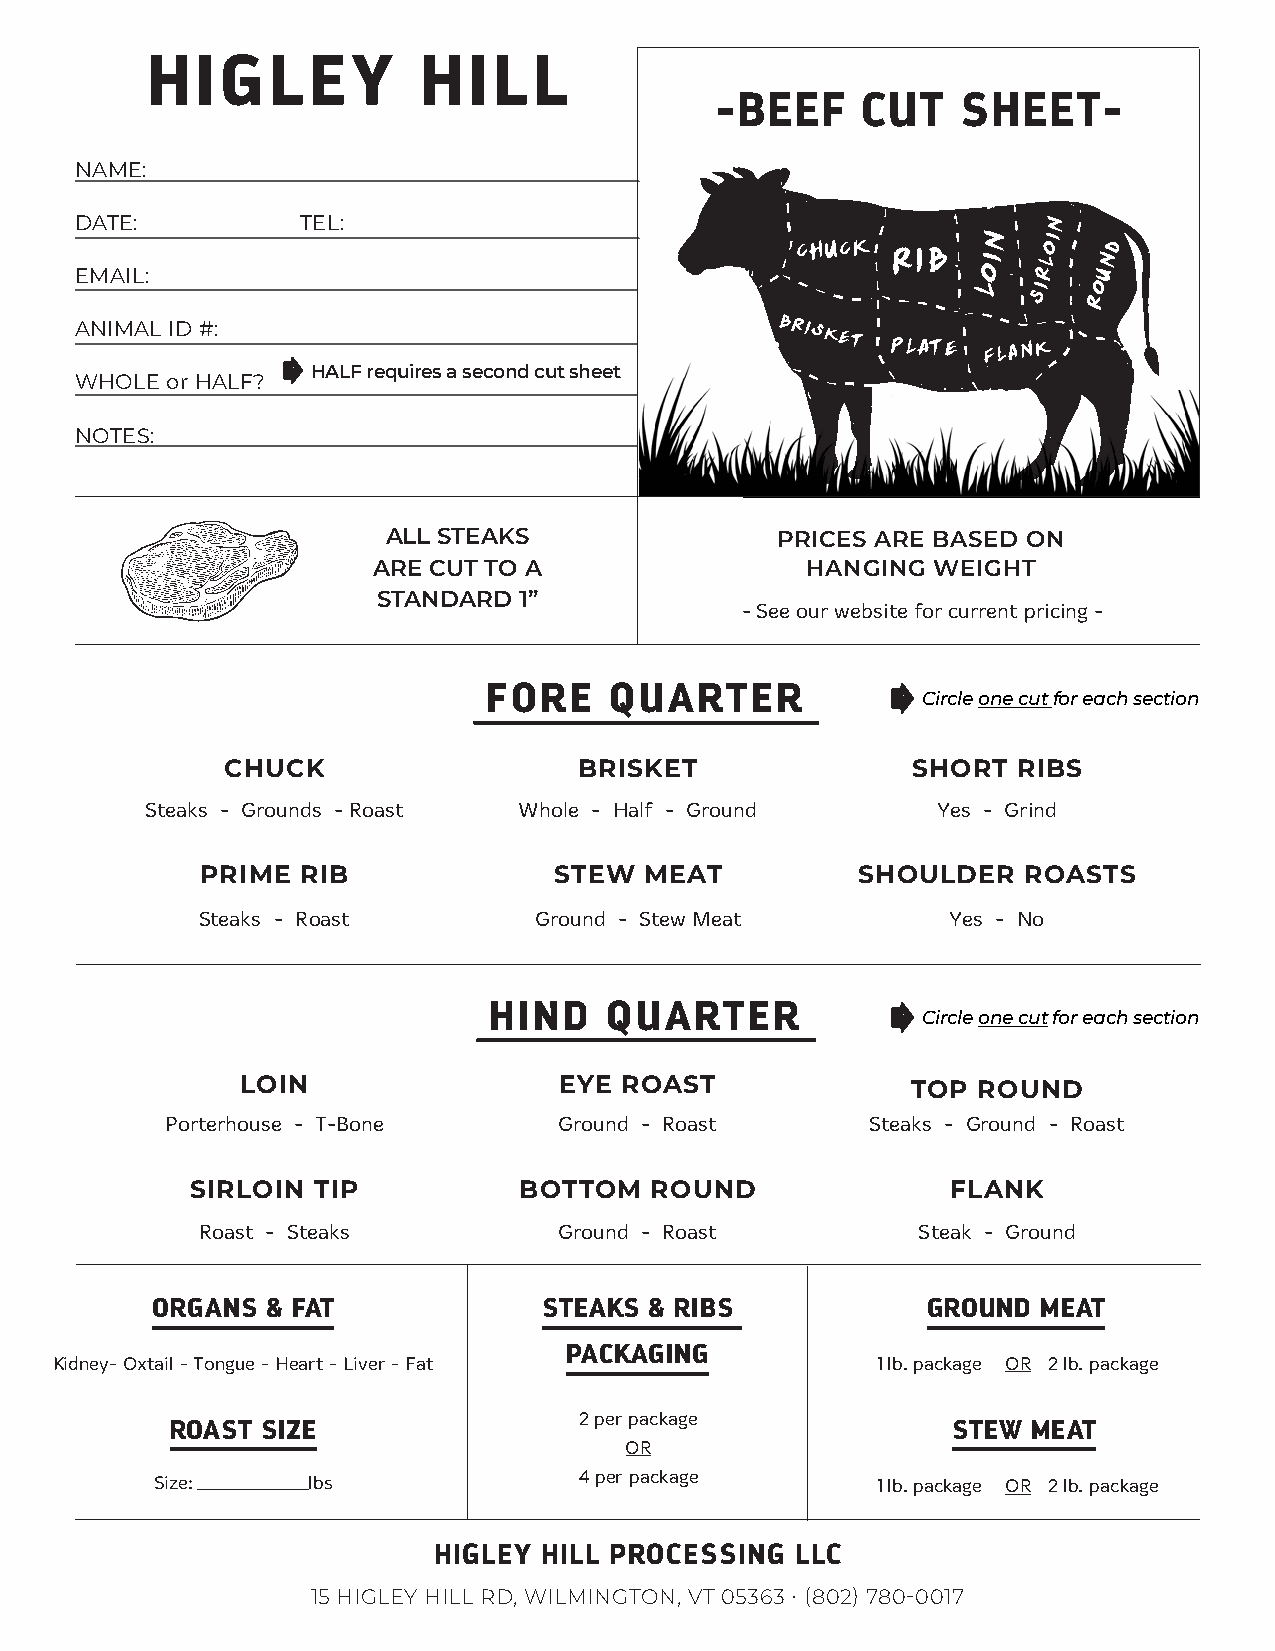
HIGLEY            HILL
 -BEEF     CUT    SHEET-
 NAME:
 DATE:          TEL:                                              N
 N  I
 EMAIL:
 CHUCK
 RIB   OI
 RLO UND
 L   I   O
 S   R
 ANIMAL ID #:                                  BRISKET
 PLATE FLANK
 HALF requires a second cut sheet
 WHOLE or HALF?
 NOTES:
 ALL STEAKS               PRICES ARE BASED ON
 ARE CUT TO A                HANGING  WEIGHT
 STANDARD 1”
 - See our website for current pricing -
 FORE    QUARTER
 Circle one cut for each section
 CHUCK                  BRISKET               SHORT  RIBS
 Steaks - Grounds - Roast Whole - Half - Ground      Yes - Grind
 PRIME  RIB              STEW  MEAT          SHOULDER   ROASTS
 Steaks - Roast        Ground - Stew Meat          Yes - No
 HIND    QUARTER
 Circle one cut for each section
 LOIN                 EYE ROAST              TOP  ROUND
 Porterhouse - T-Bone      Ground - Roast       Steaks - Ground - Roast
 SIRLOIN TIP          BOTTOM   ROUND               FLANK
 Roast - Steaks          Ground - Roast          Steak - Ground
 ORGANS  & FAT             STEAKS & RIBS            GROUND  MEAT
 PACKAGING
 Kidney- Oxtail - Tongue - Heart - Liver - Fat          1 lb. package OR 2 lb. package
 2 per package
 ROAST SIZE                                          STEW MEAT
 OR
 Size: ___________lbs        4 per package       1 lb. package OR 2 lb. package
 HIGLEY HILL PROCESSING  LLC
 15 HIGLEY HILL RD, WILMINGTON, VT 05363 • (802) 780-0017